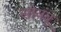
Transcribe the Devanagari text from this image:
सोयंबू